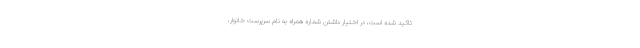
تاکید شده است، در اختیار داشتن شماره همراه به نام سرپرست خانوار،